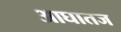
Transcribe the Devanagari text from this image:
आघातज